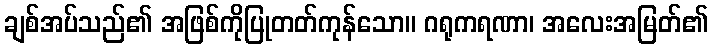
ချစ်အပ်သည်၏ အဖြစ်ကိုပြုတတ်ကုန်သော။ ဂရုကရဏာ၊ အလေးအမြတ်၏